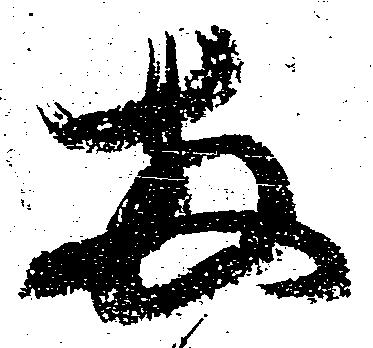
両